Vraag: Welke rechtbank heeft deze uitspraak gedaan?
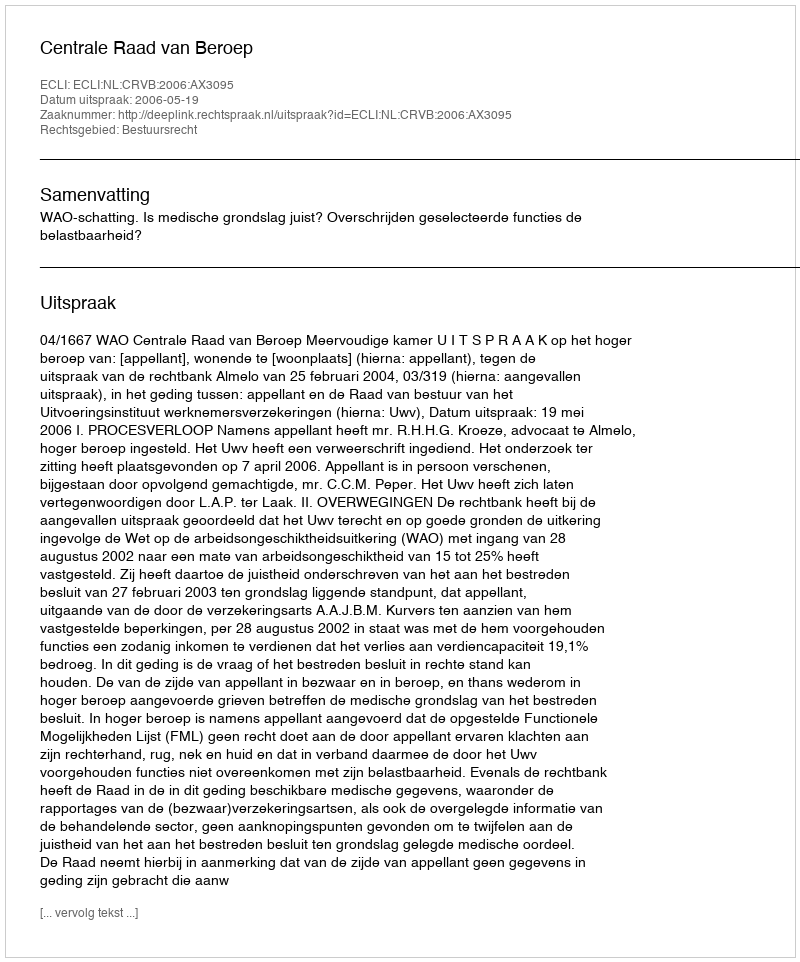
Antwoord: Centrale Raad van Beroep